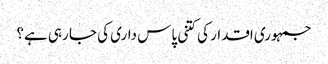
جمہوری اقدار کی کتنی پاس داری کی جا رہی ہے؟